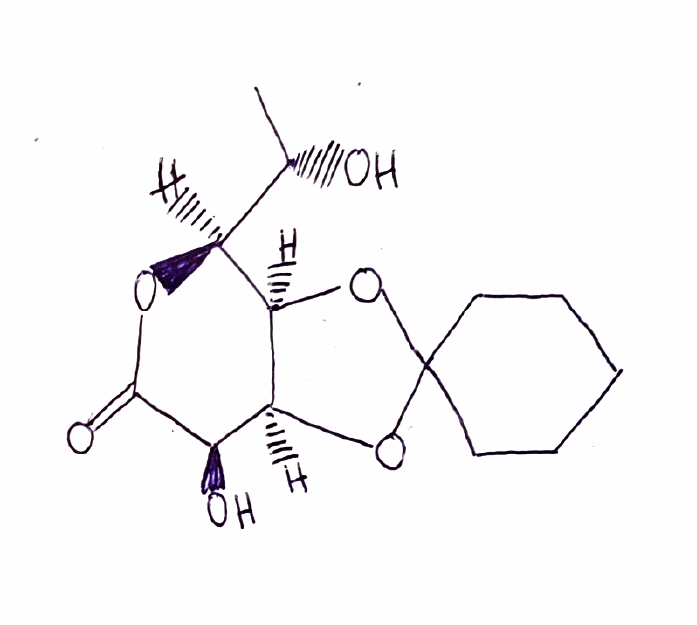
Simplified molecular-input line-entry system (SMILES) notation of the given molecule:
C[C@@H]([C@H]1[C@@H]2[C@H]([C@H](C(=O)O1)O)OC3(O2)CCCCC3)O